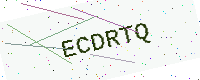
Text: ECDRTQ